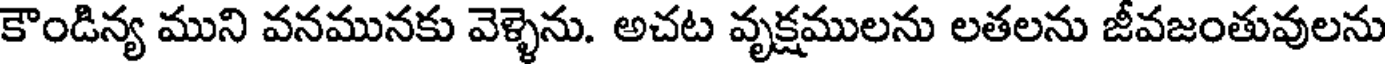
కౌండిన్య ముని వనమునకు వెళ్ళెను. అచట వృక్షములను లతలను జీవజంతువులను